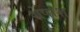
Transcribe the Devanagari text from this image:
शेषांश